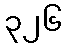
၃၂၆